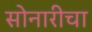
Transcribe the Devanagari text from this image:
सोनारीचा